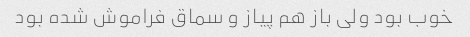
خوب بود ولی باز هم پیاز و سماق فراموش شده بود